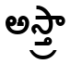
అస్త్రా